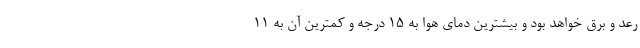
رعد و برق خواهد بود و بیشترین دمای هوا به ۱۵ درجه و کمترین آن به ۱۱